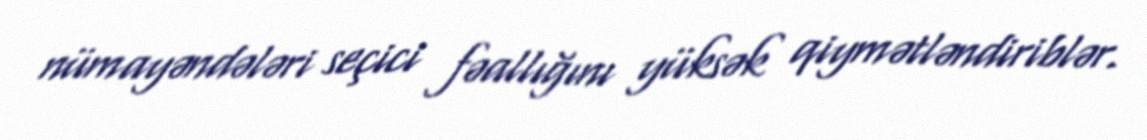
nümayəndələri seçici fəallığını yüksək qiymətləndiriblər.